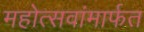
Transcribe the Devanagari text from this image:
महोत्सवांमार्फत